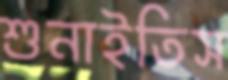
শুনাইতিস